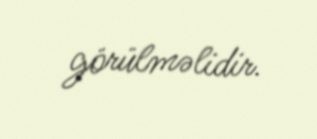
görülməlidir.